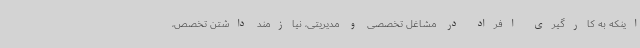
اینکه به کارگیری افراد در مشاغل تخصصی و مدیریتی، نیازمند داشتن تخصص،